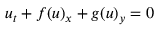
u _ { t } + f ( u ) _ { x } + g ( u ) _ { y } = 0